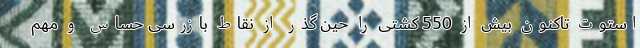
استوت تاکنون بیش از 550 کشتی را حین گذر از نقاط بازرسی حساس و مهم